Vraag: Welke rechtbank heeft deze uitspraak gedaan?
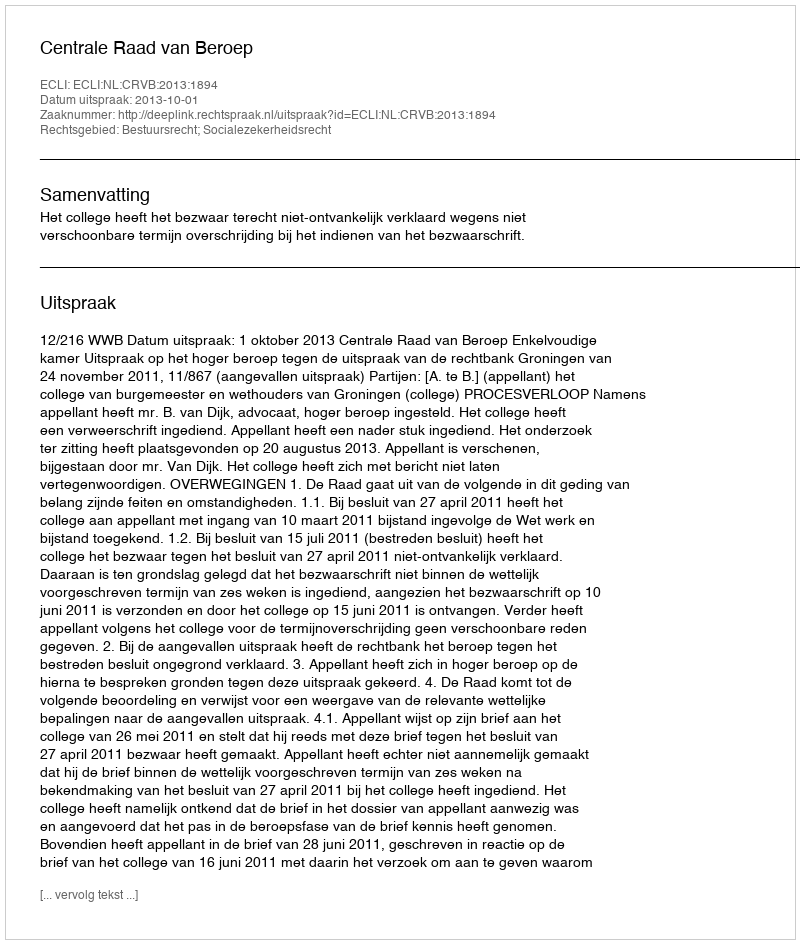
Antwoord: Centrale Raad van Beroep